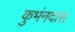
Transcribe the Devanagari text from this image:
कुभंनदास